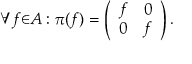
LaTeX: { \forall } f { \in } A : { \pi } ( f ) = \left( \begin{array} { c c } { { f } } & { { 0 } } \\ { { 0 } } & { { f } } \end{array} \right) .